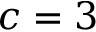
c = 3